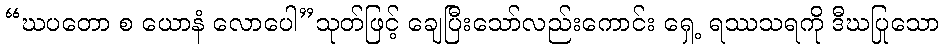
“ဃပတော စ ယောနံ လောပေါ”သုတ်ဖြင့် ချေပြီးသော်လည်းကောင်း ရှေ့ ရဿသရကို ဒီဃပြုသော